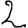
Digit: 2